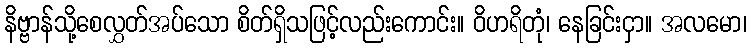
နိဗ္ဗာန်သို့စေလွှတ်အပ်သော စိတ်ရှိသဖြင့်လည်းကောင်း။ ဝိဟရိတုံ၊ နေခြင်းငှာ။ အလမော၊